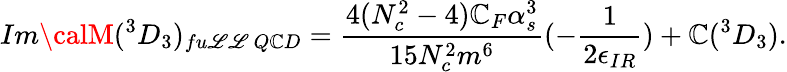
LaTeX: Im{\calM}(^{3}D_{3})_{fu\mathscr{L}\mathscr{L}~Q\mathbb{C}D}=\frac{{4(N_{c}^{2}-4)\mathbb{C}_{F}\alpha_{s}^{3}}}{{15N_{c}^{2}m^{6}}}(-\frac{{1}}{{2\epsilon_{IR}}})+\mathbb{C}(^{3}D_{3}).